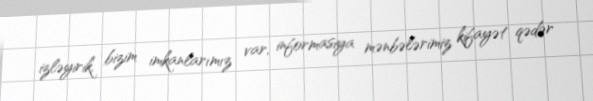
izləyirik, bizim imkanlarımız var, informasiya mənbələrimiz kifayət qədər